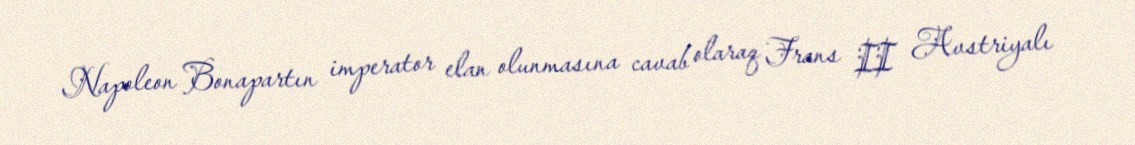
Napoleon Bonapartın imperator elan olunmasına cavab olaraq Frans II Avstriyalı